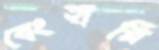
বেংহারি